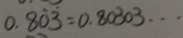
0 . 8 \dot { 0 } \dot { 3 } = 0 . 8 0 3 0 3 \cdots